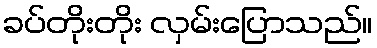
ခပ်တိုးတိုး လှမ်းပြောသည်။